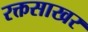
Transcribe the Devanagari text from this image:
रक्तसाखर